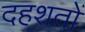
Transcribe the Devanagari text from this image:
दहशतों